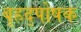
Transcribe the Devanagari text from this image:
बृहद्पोषक